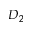
D _ { 2 }